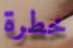
خطرة